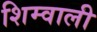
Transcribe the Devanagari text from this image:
शिम्वाली